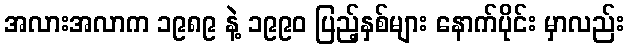
အလားအလာက ၁၉၈၉ နဲ့ ၁၉၉၀ ပြည့်နှစ်များ နောက်ပိုင်း မှာလည်း